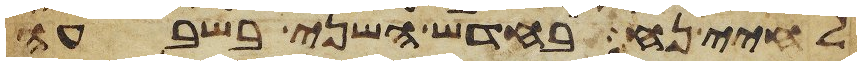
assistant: לחיי נח בחדש השני בשבעה